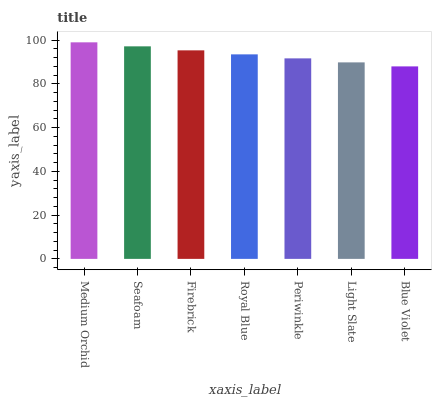
| xaxis_label | bars |
 | --- | --- |
 | Medium Orchid | 99 |
 | Seafoam | 97.2 |
 | Firebrick | 95.3 |
 | Royal Blue | 93.5 |
 | Periwinkle | 91.7 |
 | Light Slate | 89.8 |
 | Blue Violet | 88 |